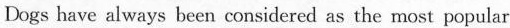
Dogs have always been considered as the most popular